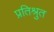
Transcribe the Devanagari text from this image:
प्रतिश्रुत